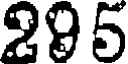
295